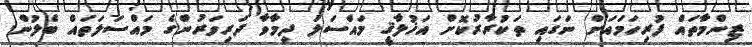
ޒިންމާތައް ފުރިހަމައަށް ނަގައި ތަކުރާރުކޮށް އަޚުލާޤީ މައްސަލަ ދިމާވާ ދަރިވަރުންގެ މައްސަލަތައް ބެލުން.